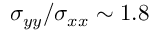
\sigma _ { y y } / \sigma _ { x x } \sim 1 . 8